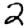
Digit: 2